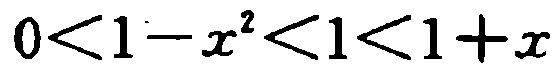
\(0<1 - x^{2}<1<1 + x\)